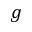
g